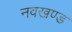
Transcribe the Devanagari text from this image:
नवखण्ड